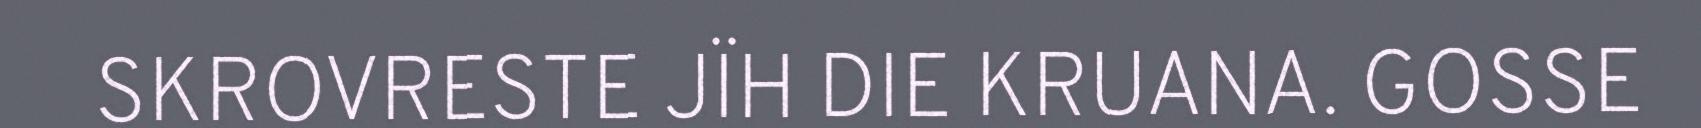
SKROVRESTE JÏH DIE KRUANA. GOSSE